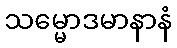
သမ္မောဒမာနာနံ